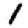
Digit: 1